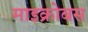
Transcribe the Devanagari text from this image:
माइक्रोबस